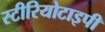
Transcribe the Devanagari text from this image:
स्‍टीरियोटाइपी